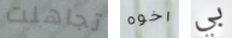
تجاهلت اخوه بي